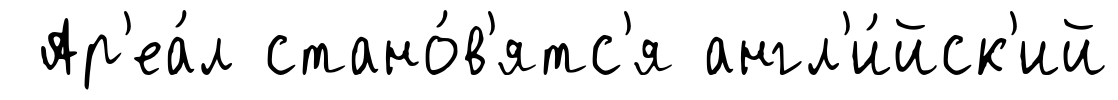
Ар'еа́л стано́в'ятс'я англ'и́йск'ий